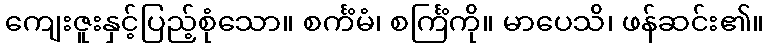
ကျေးဇူးနှင့်ပြည့်စုံသော။ စင်္ကံမံ၊ စင်္ကြံကို။ မာပေသိ၊ ဖန်ဆင်း၏။